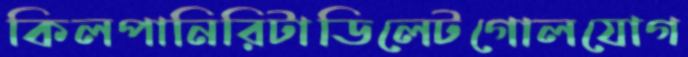
কিলপানিরিটাডিলেটগোলযোগ